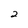
Character: 2